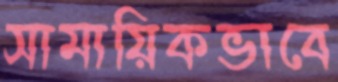
সামায়িকভাবে